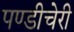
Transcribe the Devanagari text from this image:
पण्डीचेरी